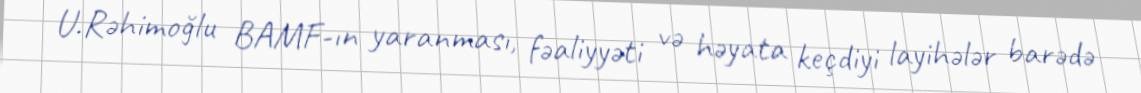
U.Rəhimoğlu BAMF-ın yaranması, fəaliyyəti və həyata keçdiyi layihələr barədə